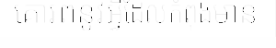
គោរពនូវអ្វីដែលកំពុងមាន